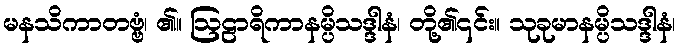
မနသိကာတဗ္ဗံ၊ ၏။ ဩဠာရိကာနမ္ပိသဒ္ဒါနံ၊ တို့၏၎င်း။ သုခုမာနမ္ပိသဒ္ဒါနံ၊